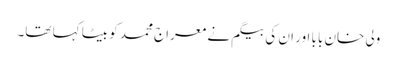
ولی خان بابا اور ان کی بیگم نے معراج محمد کو بیٹا کہا تھا۔